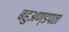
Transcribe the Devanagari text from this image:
बहुअण्डपता